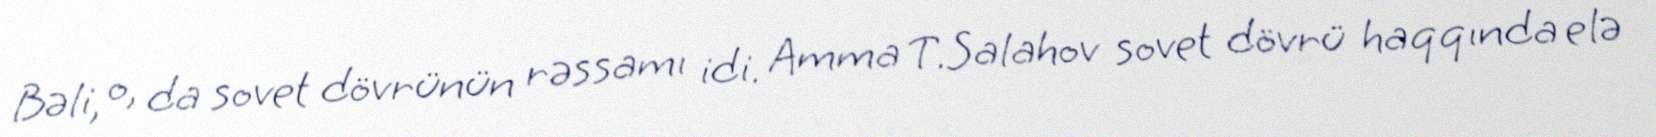
Bəli, o, da sovet dövrünün rəssamı idi. Amma T.Salahov sovet dövrü haqqında elə